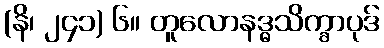
(နိ၊ ၂၄၁) ၆။ တူလောနဒ္ဓသိက္ခာပုဒ်